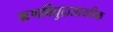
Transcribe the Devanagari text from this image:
ऋणविद्युद्रासायनिक